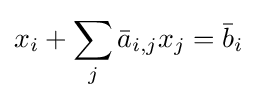
x_{i}+\sum _{j}{\bar {a}}_{i,j}x_{j}={\bar {b}}_{i}